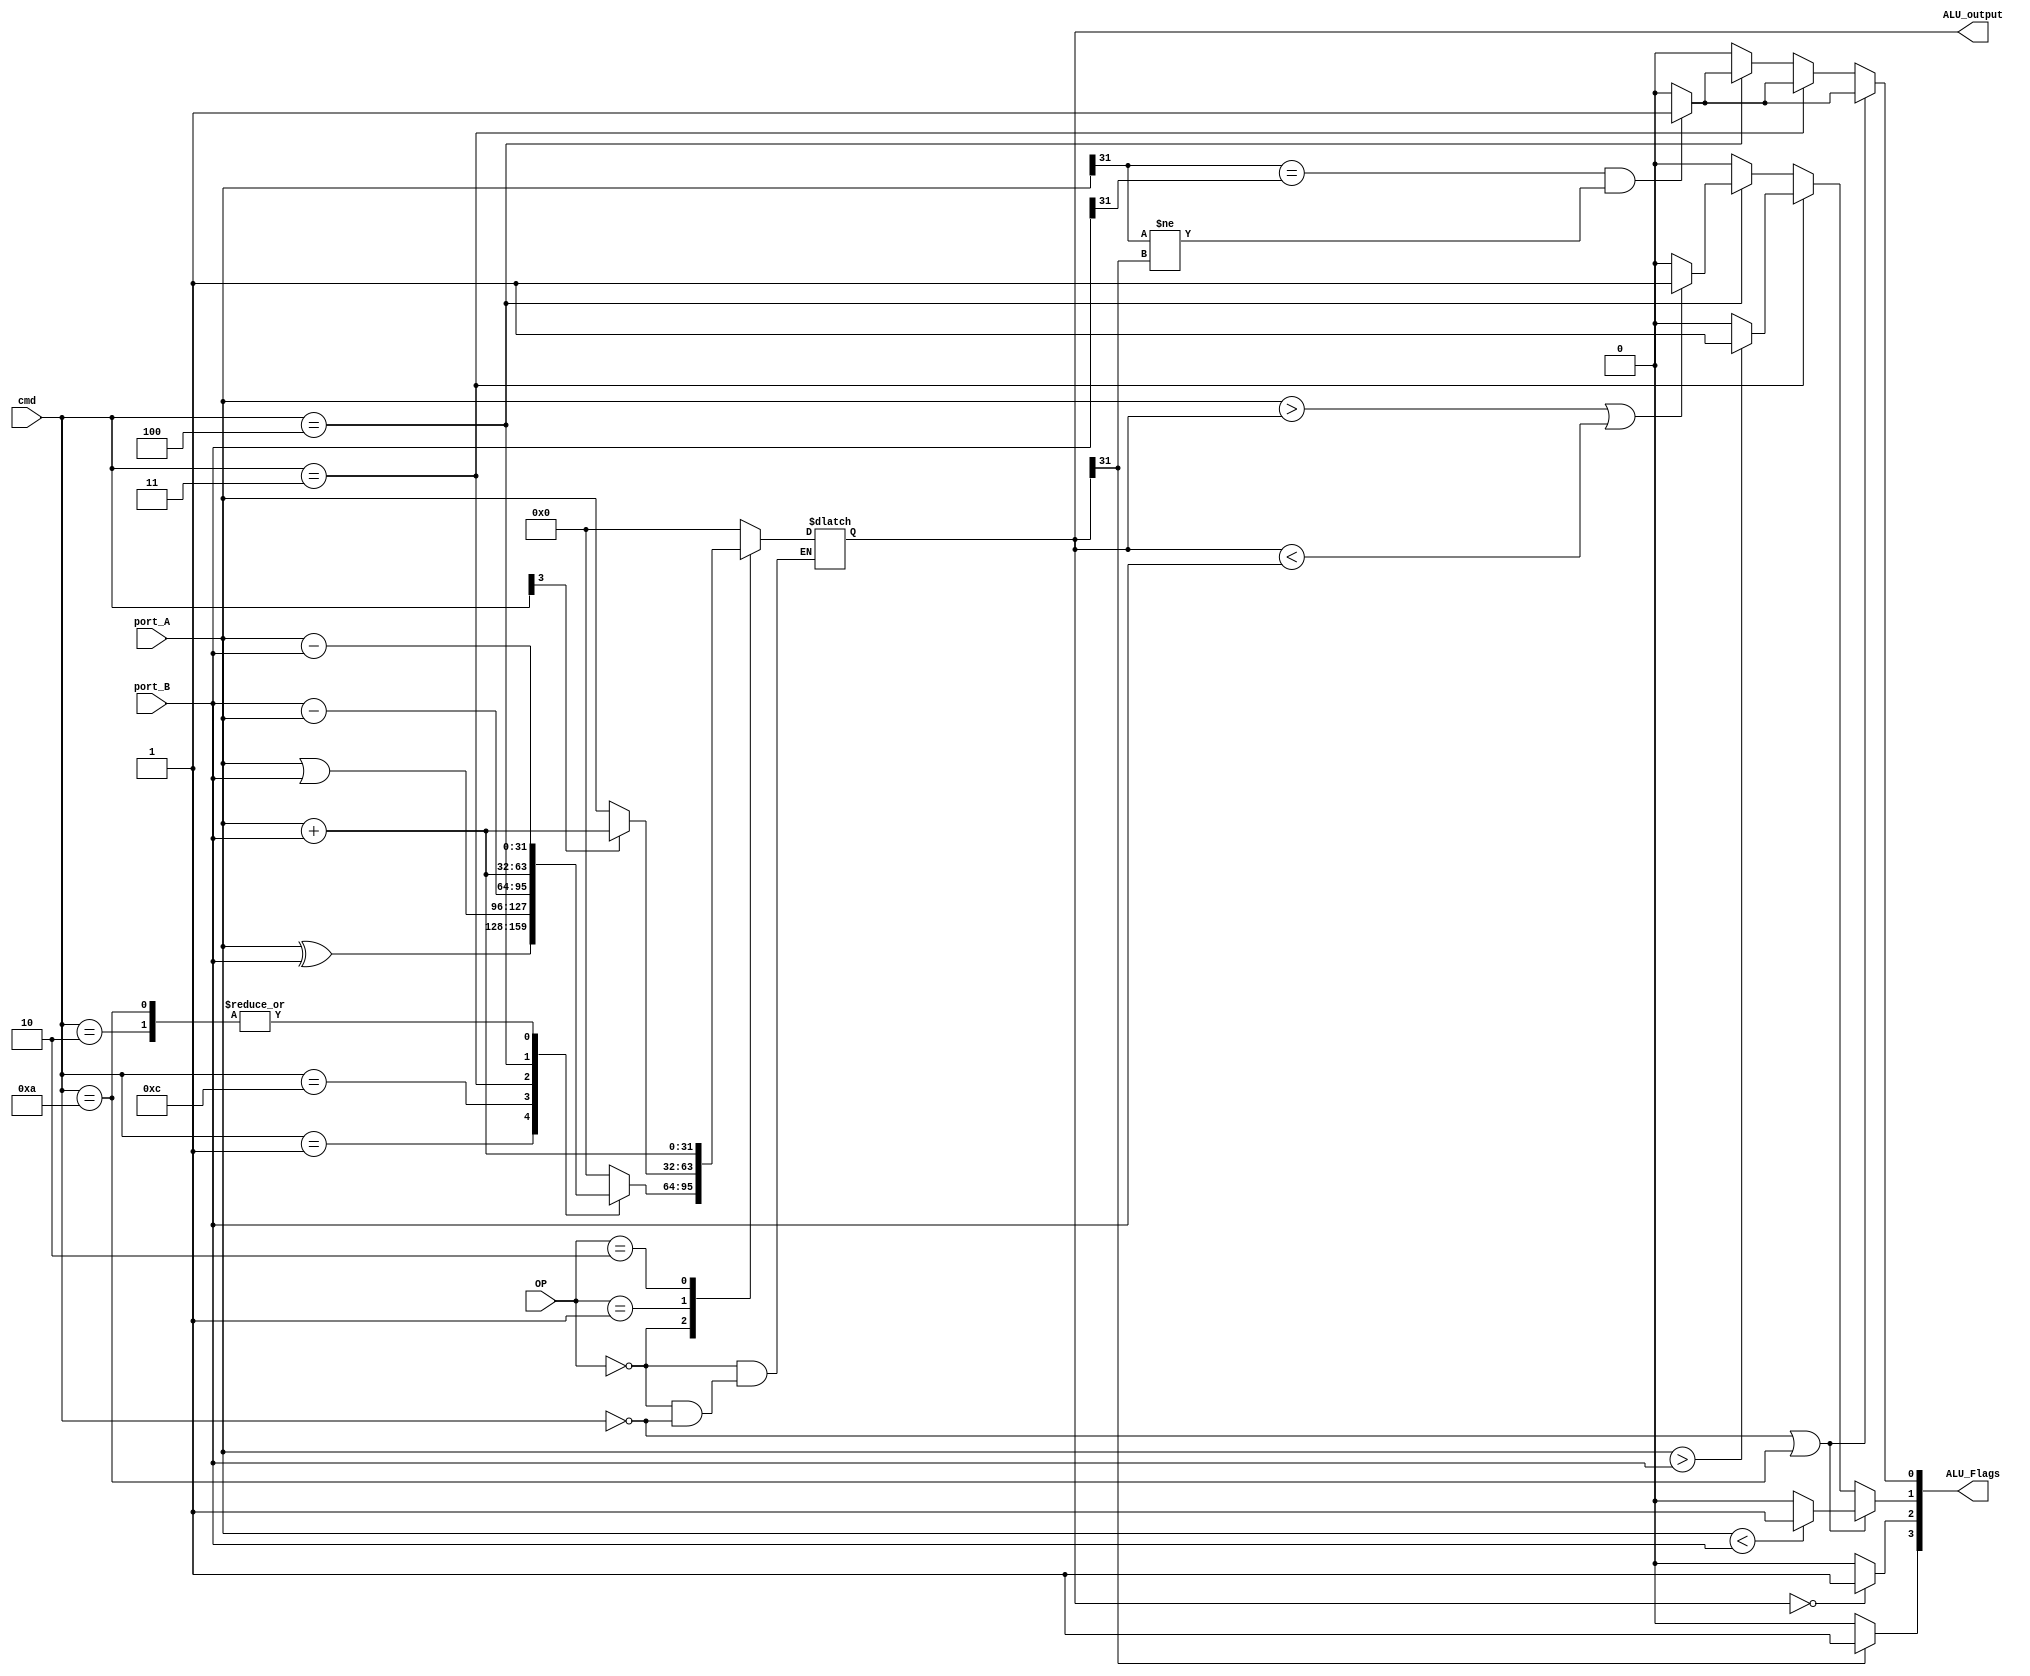
module ALU_Homework(
		input [31:0] port_A, port_B,
		input [3:0] cmd,
		input [1:0] OP,
		output reg [31:0] ALU_output,
		output reg [3:0] ALU_Flags
    );
	 
		parameter [3:0] AND = 4'b0000;
		parameter [3:0] XOR = 4'b0001;
		parameter [3:0] ORR = 4'b1100;
		parameter [3:0] SUB = 4'b0010;
		parameter [3:0] RSB = 4'b0011;
		parameter [3:0] ADD = 4'b0100;
		parameter [3:0] CMP = 4'b1010;
	 
			always@(*) begin
				case(OP)
					2'b00 : begin
						case(cmd)
						AND : ALU_out15put = port_A&port_B;
						XOR : ALU_output = port_A^port_B;
						ORR : ALU_output = port_A|port_B;
						SUB : ALU_output = port_A-port_B;
						RSB : ALU_output = port_B-port_A;
						ADD : ALU_output = port_A+port_B;
						CMP : ALU_output = port_A-port_B;
						default : ALU_output = 0;
						endcase
						end
					2'b01 : begin   
						case(cmd[3])
							0: ALU_output = port_A;
							1: ALU_output = port_A+port_B;
						endcase
					end
					
					2'b10 : begin
						ALU_output = port_A+port_B;
						end
					default : ALU_output = 0;
					
				endcase
			end

			always@(*) begin
				//For N flag
				if (ALU_output[31] == 1) 
					ALU_Flags[3] = 1;
				else
					ALU_Flags[3] = 0;
				//For Z Flag
				if (ALU_output == 0)
					ALU_Flags[2] = 1;
				else 
					ALU_Flags[2] = 0;
					
				//C and O flags for sub and cmp
				
				if((cmd==0)|(cmd==10)) 
				begin
					if(port_A < port_B)
						ALU_Flags[1] = 1;
					else 
						ALU_Flags[1] = 0;
						
					if((port_A[31]==port_B[31])& (port_A[31]!= ALU_output[31])) 
						ALU_Flags[0] = 1;
					else
						ALU_Flags[0] = 0;
				end
				
				//C and O flags for rsb
				else if(cmd == 3)
				begin
					if(port_A > port_B)
					ALU_Flags[1] = 1;
					else
						ALU_Flags[1] = 0;
					
					if((port_A[31] == port_B[31]) & (port_A[31] != ALU_output[31]))
						ALU_Flags[0] = 1;
					else
						ALU_Flags[0] = 0;
				end
						
				else if(cmd == 4)
				begin
					if((port_A>ALU_output) || (ALU_output < port_B))
						ALU_Flags[1] = 1;
					else
						ALU_Flags[1] = 0;
					
					if((port_A[31] == port_B[31]) & (port_A[31] != ALU_output[31]))
						ALU_Flags[0] = 1;
					else
						ALU_Flags[0] = 0;
				end
				else begin
				ALU_Flags[1] = 0;
				ALU_Flags[0] = 0;
		end
		
	
	 end

										
				
endmodule